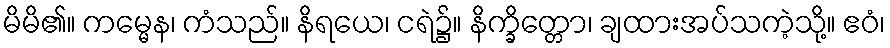
မိမိ၏။ ကမ္မေန၊ ကံသည်။ နိရယေ၊ ငရဲ၌။ နိက္ခိတ္တော၊ ချထားအပ်သကဲ့သို့။ ဧဝံ၊